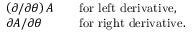
\begin{array} { l l l } { { \displaystyle \left( \partial / \partial \theta \right) A } } & { { } } & { { \mathrm { f o r \ l e f t \ d e r i v a t i v e } , } } \\ { { \displaystyle \partial A / \partial \theta } } & { { } } & { { \mathrm { f o r \ r i g h t \ d e r i v a t i v e } . } } \end{array}